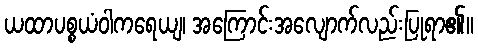
ယထာပစ္စယံဝါကရေယျ၊ အကြောင်းအလျောက်လည်းပြုရာ၏။